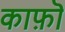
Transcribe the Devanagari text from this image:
काफ़ॊ